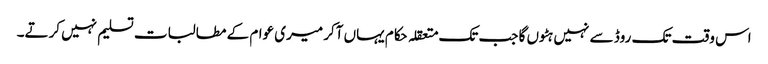
اس وقت تک روڈ سے نہیں ہٹوں گا جب تک متعقلہ حکام یہاں آکر میری عوام کے مطالبات تسلیم نہیں کرتے۔